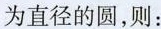
为直径的圆，则：